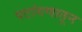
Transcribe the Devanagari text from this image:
पटांगणातून